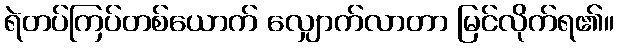
ရဲတပ်ကြပ်တစ်ယောက် လျှောက်လာတာ မြင်လိုက်ရ၏။